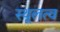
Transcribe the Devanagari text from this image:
स्थूलत्व